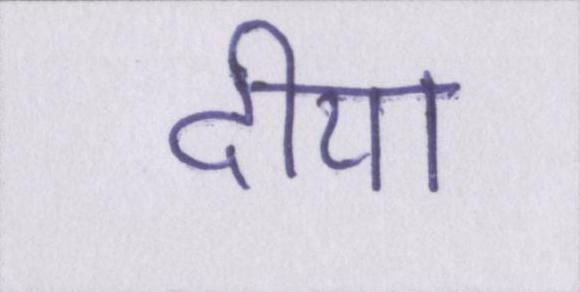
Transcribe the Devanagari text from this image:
दीया